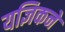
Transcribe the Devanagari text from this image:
यज्ञिकने